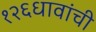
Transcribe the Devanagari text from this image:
१२६धावांची